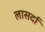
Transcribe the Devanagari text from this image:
लासर्दा